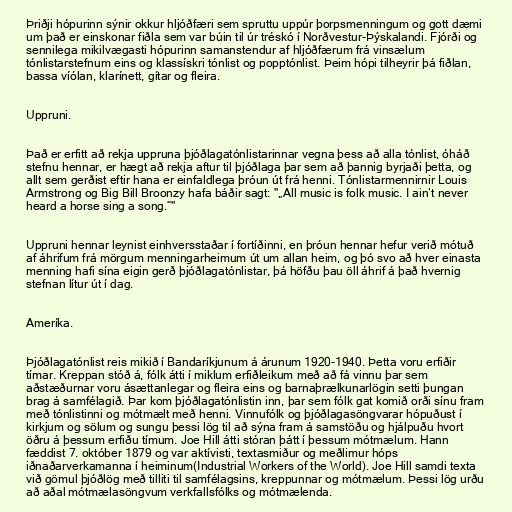
Þriðji hópurinn sýnir okkur hljóðfæri sem spruttu uppúr þorpsmenningum og gott dæmi
um það er einskonar fiðla sem var búin til úr tréskó í Norðvestur-Þýskalandi. Fjórði og
sennilega mikilvægasti hópurinn samanstendur af hljóðfærum frá vinsælum
tónlistarstefnum eins og klassískri tónlist og popptónlist. Þeim hópi tilheyrir þá fiðlan,
bassa víólan, klarínett, gítar og fleira.

Uppruni.

Það er erfitt að rekja uppruna þjóðlagatónlistarinnar vegna þess að alla tónlist, óháð
stefnu hennar, er hægt að rekja aftur til þjóðlaga þar sem að þannig byrjaði þetta, og
allt sem gerðist eftir hana er einfaldlega þróun út frá henni. Tónlistarmennirnir Louis
Armstrong og Big Bill Broonzy hafa báðir sagt: "„All music is folk music. I ain‘t never
heard a horse sing a song.“"

Uppruni hennar leynist einhversstaðar í fortíðinni, en þróun hennar hefur verið mótuð
af áhrifum frá mörgum menningarheimum út um allan heim, og þó svo að hver einasta
menning hafi sína eigin gerð þjóðlagatónlistar, þá höfðu þau öll áhrif á það hvernig
stefnan lítur út í dag.

Ameríka.

Þjóðlagatónlist reis mikið í Bandaríkjunum á árunum 1920-1940. Þetta voru erfiðir
tímar. Kreppan stóð á, fólk átti í miklum erfiðleikum með að fá vinnu þar sem
aðstæðurnar voru ásættanlegar og fleira eins og barnaþrælkunarlögin setti þungan
brag á samfélagið. Þar kom þjóðlagatónlistin inn, þar sem fólk gat komið orði sínu fram
með tónlistinni og mótmælt með henni. Vinnufólk og þjóðlagasöngvarar hópuðust í
kirkjum og sölum og sungu þessi lög til að sýna fram á samstöðu og hjálpuðu hvort
öðru á þessum erfiðu tímum. Joe Hill átti stóran þátt í þessum mótmælum. Hann
fæddist 7. október 1879 og var aktívisti, textasmiður og meðlimur hóps
iðnaðarverkamanna í heiminum(Industrial Workers of the World). Joe Hill samdi texta
við gömul þjóðlög með tilliti til samfélagsins, kreppunnar og mótmælum. Þessi lög urðu
að aðal mótmælasöngvum verkfallsfólks og mótmælenda.